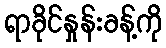
ရာခိုင်နှုန်းခန့်ကို